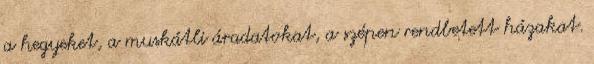
a hegyeket, a muskátli áradatokat, a szépen rendbetett házakat.